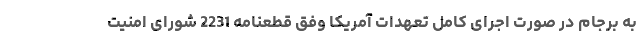
به برجام در صورت اجرای کامل تعهدات آمریکا وفق قطعنامه 2231 شورای امنیت